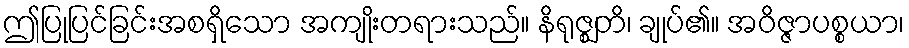
ဤပြုပြင်ခြင်းအစရှိသော အကျိုးတရားသည်။ နိရုဇ္ဈတိ၊ ချုပ်၏။ အဝိဇ္ဇာပစ္စယာ၊